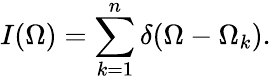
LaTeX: I(\Omega)=\sum_{k=1}^{n}\delta(\Omega-\Omega_{k}).